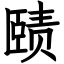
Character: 赜